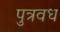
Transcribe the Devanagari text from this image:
पुत्रवध